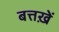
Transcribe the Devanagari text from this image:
बत्तख़ें